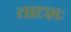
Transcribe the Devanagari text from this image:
तादृशः